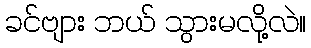
ခင်ဗျား ဘယ် သွားမလို့လဲ။